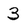
Character: 3